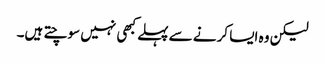
لیکن وہ ایسا کرنے سے پہلے کبھی نہیں سوچتے ہیں۔